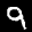
Label: 9